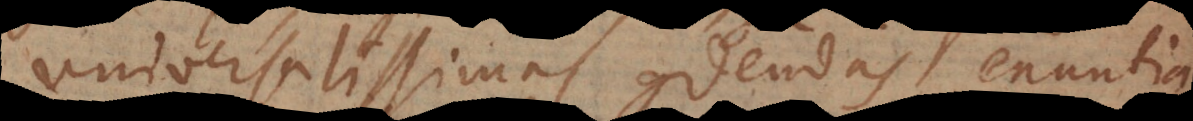
universalissimas condendas enuntia